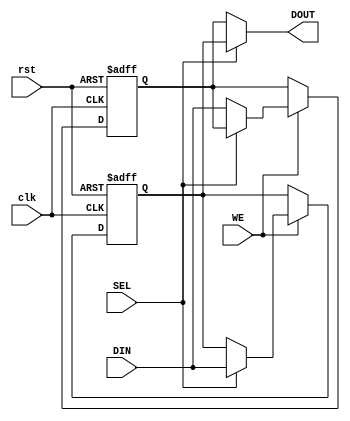
module double_buffer_register #(
    parameter DATA_WIDTH = 8  // Parameter for data width
)(
    input wire clk,            // Clock signal
    input wire rst,            // Reset signal
    input wire WE,             // Write Enable signal
    input wire SEL,            // Select signal
    input wire [DATA_WIDTH-1:0] DIN, // Data input
    output reg [DATA_WIDTH-1:0] DOUT // Data output
);

    // Internal registers for Buffer A and Buffer B
    reg [DATA_WIDTH-1:0] buffer_a;
    reg [DATA_WIDTH-1:0] buffer_b;

    // Sequential logic for writing data to the active buffer
    always @(posedge clk or posedge rst) begin
        if (rst) begin
            // Reset both buffers to zero
            buffer_a <= {DATA_WIDTH{1'b0}};
            buffer_b <= {DATA_WIDTH{1'b0}};
        end else if (WE) begin
            // Write data to the selected buffer
            if (SEL) begin
                buffer_a <= DIN; // Write to Buffer A
            end else begin
                buffer_b <= DIN; // Write to Buffer B
            end
        end
    end

    // Combinational logic for reading data from the active buffer
    always @(*) begin
        if (SEL) begin
            DOUT = buffer_a; // Read from Buffer A
        end else begin
            DOUT = buffer_b; // Read from Buffer B
        end
    end

endmodule